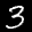
Label: 3